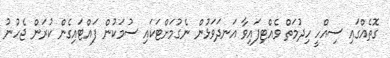
ގޮތެއްގައި ސިއްހީ ހިދުމަތް ވެއްޓިފައިވާ އަނދަވަޅުން ނެގުމަށްޓަކައި ސުމަކުން ފައްޓައިގެން ކުރަން ޖެހުނު